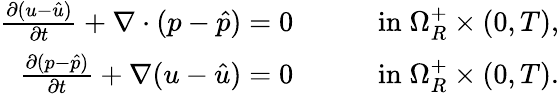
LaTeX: \begin{array}{rlr}{\frac{\partial(u-\hat{u})}{\partial t}+\nabla\cdot(p-\hat{p})=0\quad}&{}&{\mathrm{in}\; \Omega_{R}^{+}\times(0,T),}\\ {\frac{\partial(p-\hat{p})}{\partial t}+\nabla(u-\hat{u})=0\quad}&{}&{\mathrm{in}\; \Omega_{R}^{+}\times(0,T).}\end{array}